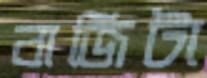
বাজিটা